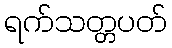
ရက်သတ္တပတ်